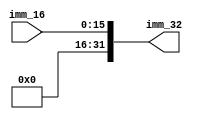
`timescale 1ns / 1ps
//////////////////////////////////////////////////////////////////////////////////
// Company: 
// Engineer: 
// 
// Design Name: 
// Module Name: ZEXT_32
// Project Name: 
// Target Devices: 
// Tool Versions: 
// Description: 
// 
// Dependencies: 
// 
// Revision:
// Revision 0.01 - File Created
// Additional Comments:
// 
//////////////////////////////////////////////////////////////////////////////////


module ZEXT_32(
    input [15:0] imm_16,
    output [31:0] imm_32
    );
    assign imm_32 = {{16{1'b0}},imm_16};
endmodule